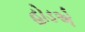
હોડએ